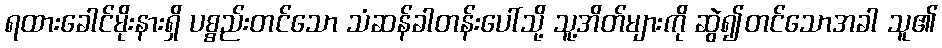
ရထားခေါင်မိုးနားရှိ ပစ္စည်းတင်သော သံဆန်ခါတန်းပေါ်သို့ သူ့အိတ်များကို ဆွဲ၍တင်သောအခါ သူ၏